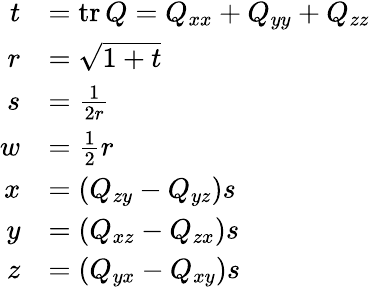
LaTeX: {\begin{array}{rl}{t}&{=\operatorname{tr}Q=Q_{xx}+Q_{yy}+Q_{zz}}\\ {r}&{={\sqrt{1+t}}}\\ {s}&{={\frac{1}{2r}}}\\ {w}&{={\frac{1}{2}}r}\\ {x}&{=\left(Q_{zy}-Q_{yz}\right)s}\\ {y}&{=\left(Q_{xz}-Q_{zx}\right)s}\\ {z}&{=\left(Q_{yx}-Q_{xy}\right)s}\end{array}}